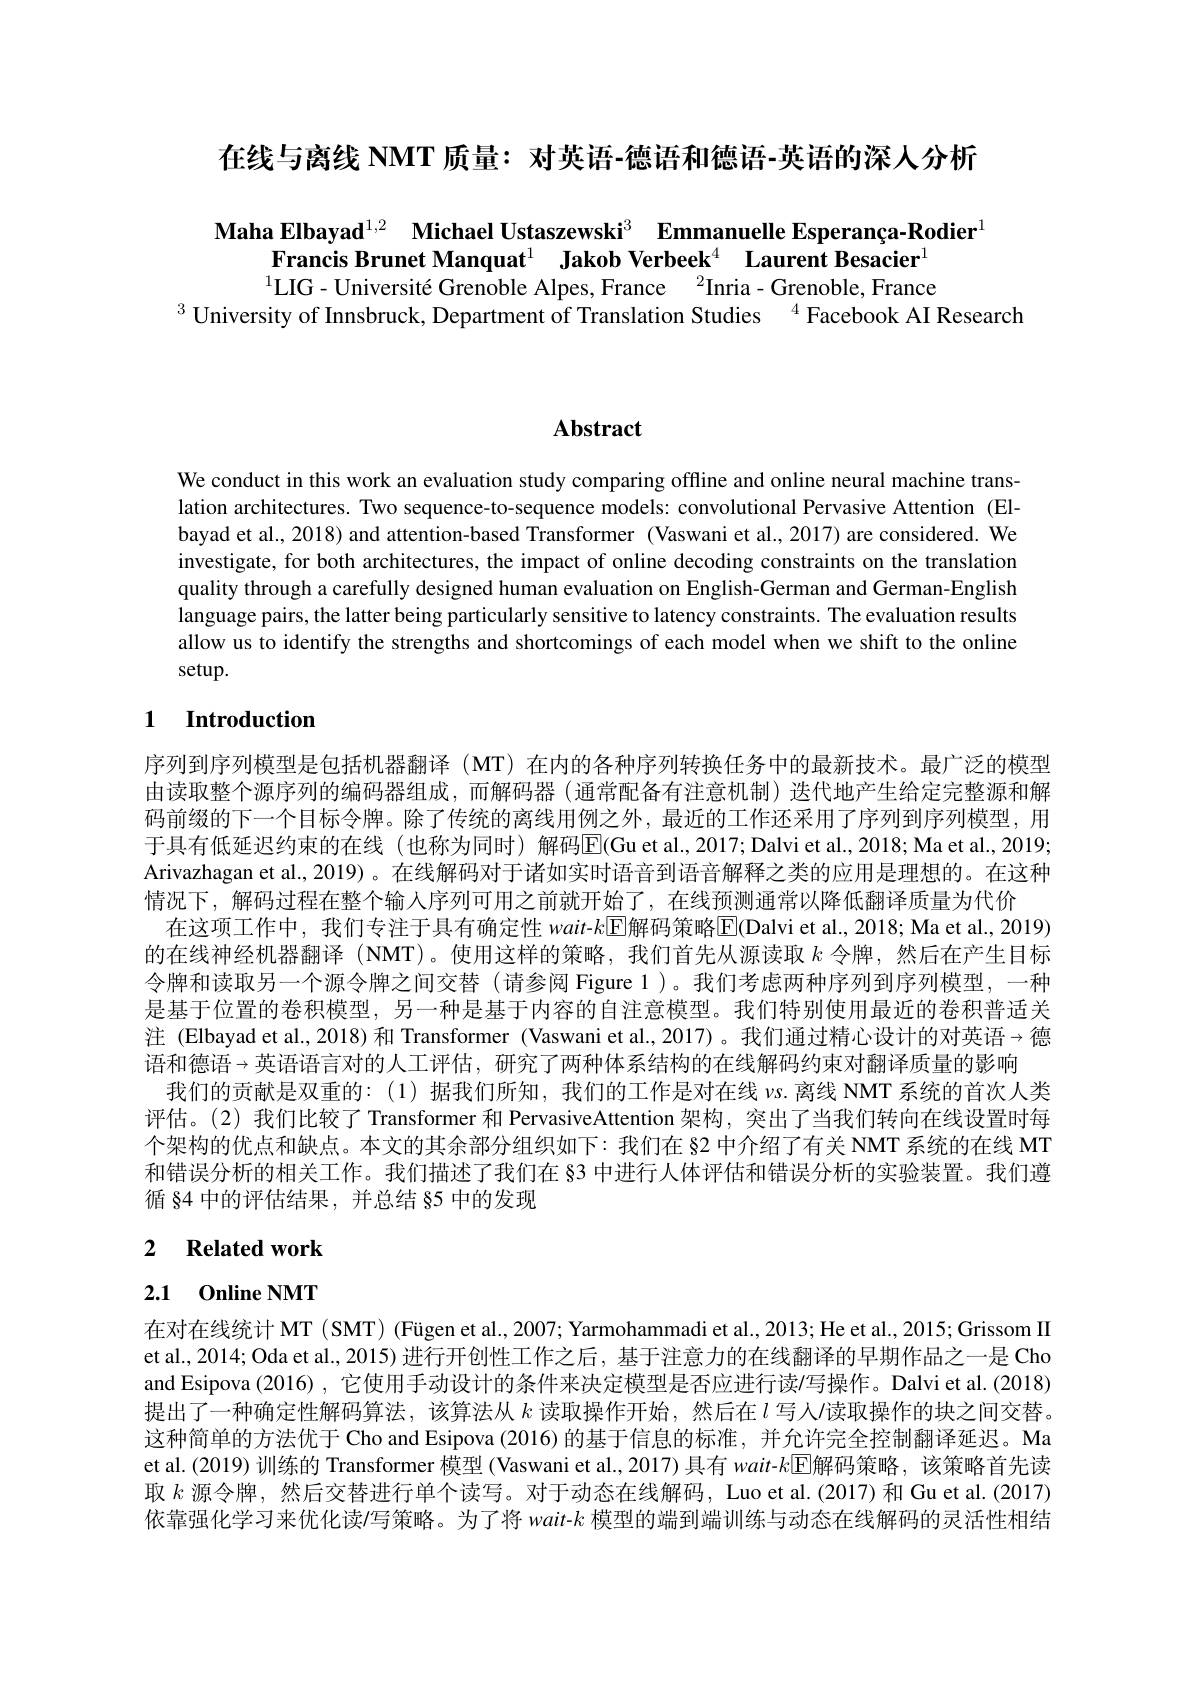
在线与离线 NMT 质量：对英语-德语和德语-英语的深人分析

$\begin{array}{c}\textbf{Maha Elbayad}^{1,2}&\text{Michael Ustaszewski}^{3}&\textbf{Emmanuelle Esperança-Rodier}^{1}\\\text{Francis Brunet Manquat}^{1}&\textbf{Jakob Verbeek}^{4}&\textbf{Laurent Besacier}^{1}\end{array}$
$^{1}$LIG - Université Grenoble Alpes, France $^{2}$Inria - Grenoble, France
$^{3}$ University of Innsbruck, Department of Translation Studies $^{4}$Facebook AI Research

# Abstract

We conduct in this work an evaluation study comparing offline and online neural machine translation architectures. Two sequence-to-sequence models: convolutional Pervasive Attention (Elbayad et al., 2018) and attention-based Transformer (Vaswani et al., 2017) are considered. We investigate, for both architectures, the impact of online decoding constraints on the translation quality through a carefully designed human evaluation on English-German and German-English language pairs, the latter being particularly sensitive to latency constraints. The evaluation results allow us to identify the strengths and shortcomings of each model when we shift to the online setup.

### 1 Introduction

序列到序列模型是包括机器翻译(MT)在内的各种序列转换任务中的最新技术。最广泛的模型由读取整个源序列的编码器组成，而解码器(通常配备有注意机制) 迭代地产生给定完整源和解码前缀的下一个目标令牌。除了传统的离线用例之外，最近的工作还采用了序列到序列模型，用于具有低延迟约束的在线(也称为同时)解码E(Gu et al.,2017;Dalvi et al.,2018; Ma et al., 2019; Arivazhagan et al., 2019)。在线解码对于诸如实时语音到语音解释之类的应用是理想的。在这种情况下，解码过程在整个输人序列可用之前就开始了，在线预测通常以降低翻译质量为代价
在这项工作中，我们专注于具有确定性 wait-$k$▣$\Xi$解码策略$\overline{\mathrm{E}}($Dalvi et al., 2018; Ma et al., 2019) 的在线神经机器翻译 (NMT)。使用这样的策略，我们首先从源读取$k$令牌，然后在产生目标令牌和读取另一个源令牌之间交替(请参阅 Figure 1)。我们考虑两种序列到序列模型，一种是基于位置的卷积模型，另一种是基于内容的自注意模型。我们特别使用最近的卷积普适关注 (Elbayad et al.,2018)和 Transformer (Vaswani et al.,2017)。我们通过精心设计的对英语→德语和德语→英语语言对的人工评估，研究了两种体系结构的在线解码约束对翻译质量的影响
我们的贡献是双重的：(1)据我们所知，我们的工作是对在线$\nu$s.离线 NMT 系统的首次人类评估。(2)我们比较了 Transformer 和 PervasiveAttention 架构，突出了当我们转向在线设置时每个架构的优点和缺点。本文的其余部分组织如下：我们在 82 中介绍了有关 NMT 系统的在线 MT 和错误分析的相关工作。我们描述了我们在 83 中进行人体评估和错误分析的实验装置。我们遵循 84 中的评估结果 , 并总结 85 中的发现

## 2 Related work

# 2.1 0nline NMT

在对在线统计 MT (SMT) (Fügen et al..,2007; Yarmohammadi et al., 2013; He et al., 2015; Grissom II et al., 2014; Oda et al., 2015) 进行开创性工作之后，基于注意力的在线翻译的早期作品之一是 Cho and Esipova (2016) , 它使用手动设计的条件来决定模型是否应进行读$\prime$写操作。Dalvi et al.(2018) 提出了一种确定性解码算法，该算法从$k$读取操作开始，然后在$l$写人/读取操作的块之间交替。这种简单的方法优于 Cho and Esipova (2016) 的基于信息的标准，并允许完全控制翻译延迟。Ma et al.(2019) 训练的 Transformer 模型 (Vaswani et al., 2017) 具有 wait-$k$▣解码策略，该策略首先读取$k$源令牌，然后交替进行单个读写。对于动态在线解码，Luo et al.(2017)和 Gu et al.(2017) 依靠强化学习来优化读/写策略。为了将 wait-$k$模型的端到端训练与动态在线解码的灵活性相结